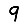
Digit: 9